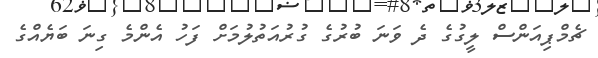
ޗެމްޕިއަންސް ލީގުގެ ދެ ވަނަ ބުރުގެ ގުރުއަތުލުމަށް ފަހު އެންމެ ގިނަ ބަޔެއްގެ